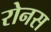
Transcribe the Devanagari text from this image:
रोनस